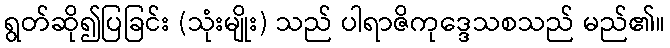
ရွတ်ဆို၍ပြခြင်း (သုံးမျိုး) သည် ပါရာဇိကုဒ္ဒေသစသည် မည်၏။